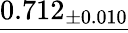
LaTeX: \underline{{0.712_{\pm 0.010}}}